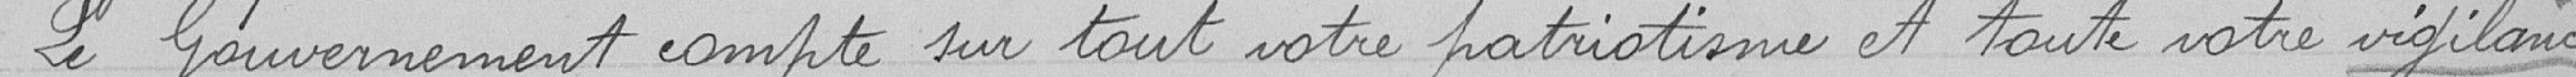
Le Gouvernement compte sur tout votre patriotisme et toute votre vigilance